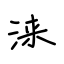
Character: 涞